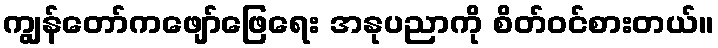
ကျွန်တော်ကဖျော်ဖြေရေး အနုပညာကို စိတ်ဝင်စားတယ်။